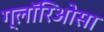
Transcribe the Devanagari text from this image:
ग्लॉरिओसा